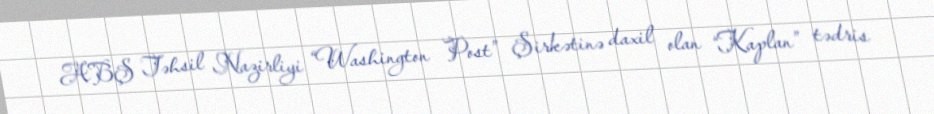
ABŞ Təhsil Nazirliyi “Washington Post” Şirkətinə daxil olan “Kaplan” tədris